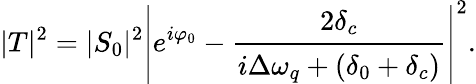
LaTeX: {|T|^{2}}=|S_{0}|^{2}\left|e^{i\varphi_{0}}-\cfrac{2\delta_{c}}{i\Delta\omega_{q}+(\delta_{0}+\delta_{c})}\right|^{2}.